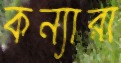
কন্যারা